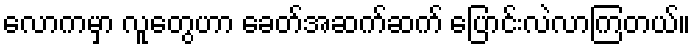
လောကမှာ လူတွေဟာ ခေတ်အဆက်ဆက် ပြောင်းလဲလာကြတယ်။